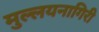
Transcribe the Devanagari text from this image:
मुल्लयनागिरी